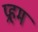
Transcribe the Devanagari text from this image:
प्रहम